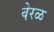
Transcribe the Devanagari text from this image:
वेरळ